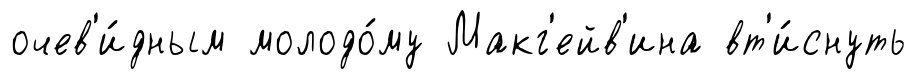
очев'и́дным молодо́му Макг'ейв'ина вт'и́снуть